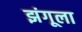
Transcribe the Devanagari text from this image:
झंगूला